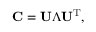
\mathbf { C } = \mathbf { U } \Lambda \mathbf { U } ^ { \mathrm { T } } ,